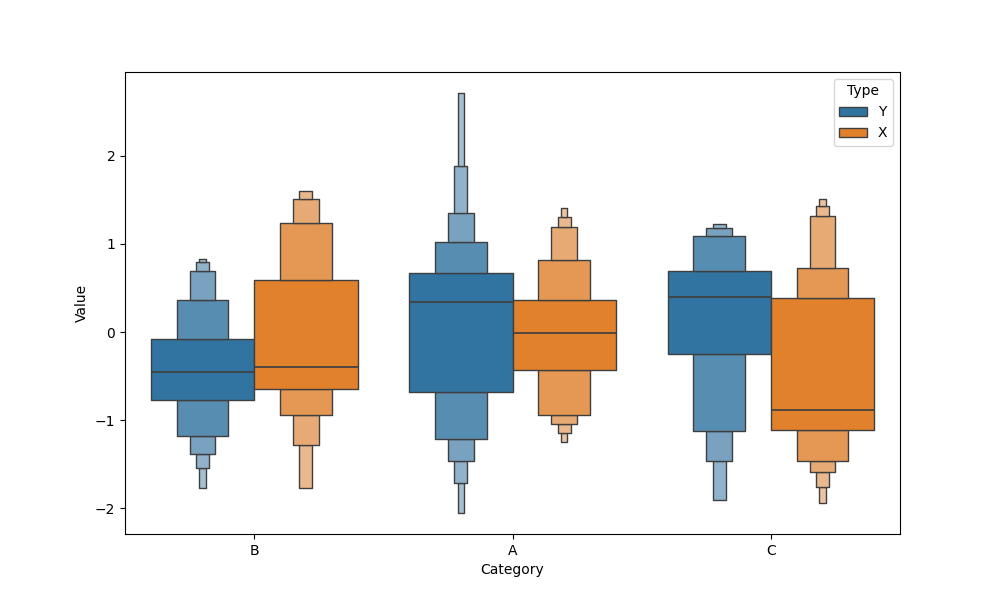
python, seaborn, boxenplot, k_depth='full', linewidth=1, scale='exponential', outlier_prop=0.2, showfliers=False